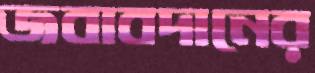
জবাবদানের